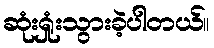
ဆုံးရှုံးသွားခဲ့ပါတယ်။